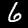
Digit: 6